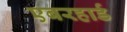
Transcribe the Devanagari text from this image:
एबरहार्ड